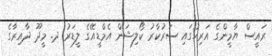
ރައީސް ޔާމީންގެ އަރިހުގައި ސަރުކާރު ކޯލިޝަން އެމްޑީއޭގެ ލީޑަރު ދ. މީދޫ ދާއިރާގެ